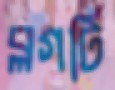
ব্লগটি